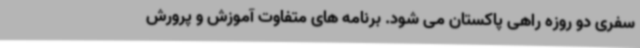
سفری دو روزه راهی پاکستان می شود. برنامه های متفاوت آموزش و پرورش